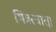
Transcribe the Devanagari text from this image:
भिन्नत्वात्।